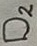
Text: D2